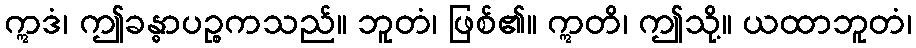
ဣဒံ၊ ဤခန္ဓာပဉ္စကသည်။ ဘူတံ၊ ဖြစ်၏။ ဣတိ၊ ဤသို့။ ယထာဘူတံ၊